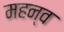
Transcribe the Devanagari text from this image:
महन्व